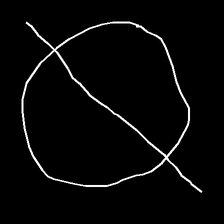
Glyph: orb